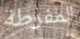
المفرطة